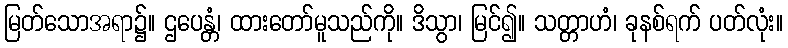
မြတ်သောအရာ၌။ ဌပေန္တံ၊ ထားတော်မူသည်ကို။ ဒိသွာ၊ မြင်၍။ သတ္တာဟံ၊ ခုနစ်ရက် ပတ်လုံး။